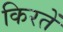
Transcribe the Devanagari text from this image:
किरतें